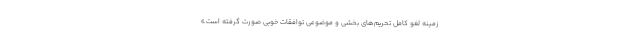
زمینه لغو کامل تحریم‌های بخشی و موضوعی توافقات خوبی صورت گرفته است.»